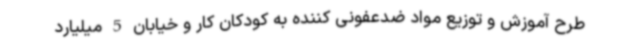
طرح آموزش و توزیع مواد ضدعفونی کننده به کودکان کار و خیابان 5 میلیارد